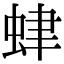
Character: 𧊐